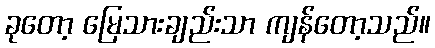
ခုတော့ မြေသားချည်းသာ ကျန်တော့သည်။